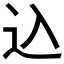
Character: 込